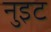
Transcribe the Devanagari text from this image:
नुइट